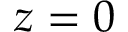
z = 0